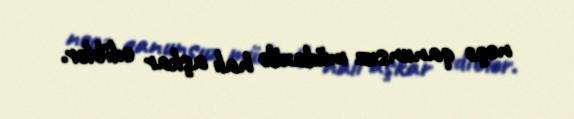
neçə qanunsuz müdaxilə halı aşkar ediblər.